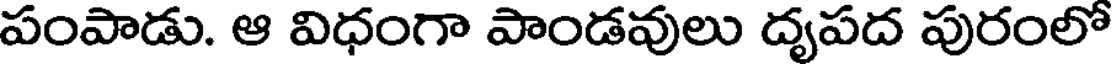
పంపాడు. ఆ విధంగా పాండవులు దృపద పురంలో